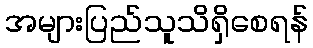
အများပြည်သူသိရှိစေရန်